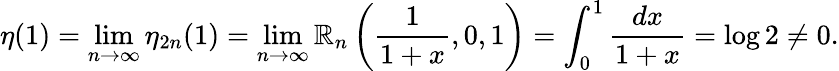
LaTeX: \eta(1)=\operatorname*{lim}_{n\to\infty}\eta_{2n}(1)=\operatorname*{lim}_{n\to\infty}\mathbb{R}_{n}\left({\frac{{1}}{{1+x}}},0,1\right)=\int_{0}^{1}{\frac{{dx}}{{1+x}}}=\log2\neq0.